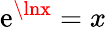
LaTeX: \mathrm{e}^{\lnx}=x